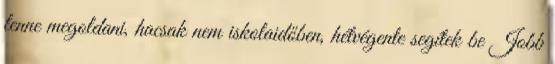
lenne megoldani, hacsak nem iskolaidőben, hétvégente segítek be Jobb